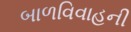
બાળવિવાહની